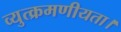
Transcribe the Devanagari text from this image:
व्युत्क्रमणीयता।